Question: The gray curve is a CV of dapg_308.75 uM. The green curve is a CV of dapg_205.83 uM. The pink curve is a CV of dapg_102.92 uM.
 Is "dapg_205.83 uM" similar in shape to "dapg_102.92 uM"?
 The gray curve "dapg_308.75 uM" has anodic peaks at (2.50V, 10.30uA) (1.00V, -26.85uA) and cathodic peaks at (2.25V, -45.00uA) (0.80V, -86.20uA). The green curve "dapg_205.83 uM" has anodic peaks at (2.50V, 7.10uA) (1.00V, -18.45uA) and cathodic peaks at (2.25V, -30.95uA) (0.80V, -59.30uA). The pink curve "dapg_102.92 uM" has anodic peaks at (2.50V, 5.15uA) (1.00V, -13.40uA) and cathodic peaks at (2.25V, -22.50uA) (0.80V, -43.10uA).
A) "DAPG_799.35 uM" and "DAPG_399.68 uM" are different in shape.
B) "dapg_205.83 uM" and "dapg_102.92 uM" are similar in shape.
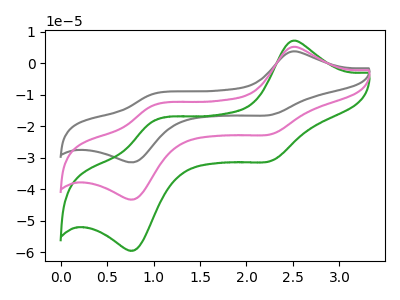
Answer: <think>All the peaks in "dapg_205.83 uM" have a peak in "dapg_102.92 uM" at the same potential.
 </think>
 <answer>B) "dapg_205.83 uM" and "dapg_102.92 uM" are similar in shape.</answer>
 <eval>B</eval>